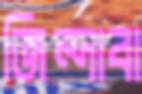
জিন্দাবা